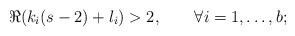
LaTeX: \begin{align*} \Re(k_i (s-2)+l_i)>2,\qquad\forall i=1,\dots,b;\end{align*}